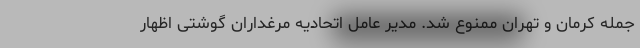
جمله کرمان و تهران ممنوع شد. مدیر عامل اتحادیه مرغداران گوشتی اظهار